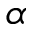
\alpha